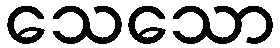
သေသော